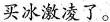
买冰激凌了.